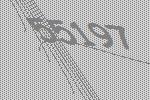
55197